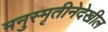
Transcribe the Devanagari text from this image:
मनुस्मृतीनेदेखील